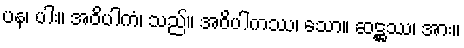
ပန၊ ပါး။ အဝိပါကံ၊ သည်။ အဝိပါကဿ၊ သော။ ဆဋ္ဌဿ၊ အား။